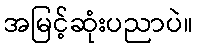
အမြင့်ဆုံးပညာပဲ။